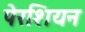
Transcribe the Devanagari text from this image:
पेरशियन